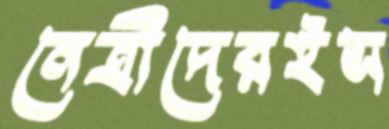
নেত্রীদেরইস